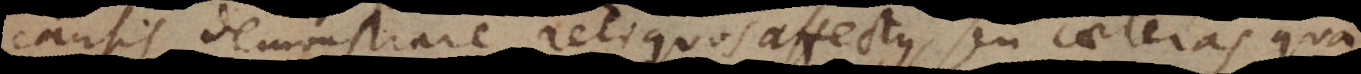
causis demonstrare reliquos affectus, seu caeteras qua